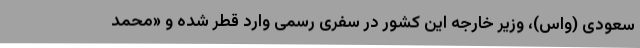
سعودی (واس)،‌ وزیر خارجه این کشور در سفری رسمی وارد قطر شده و «محمد